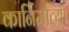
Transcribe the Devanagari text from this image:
कार्निर्मात्या